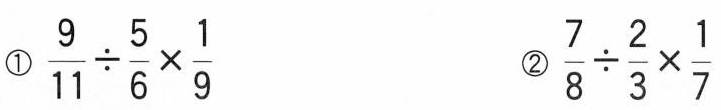
①$$\frac{9}{11}\div \frac{5}{6}\times \frac{1}{9}$$ ② $$\frac{7}{8}\div \frac{2}{3}\times \frac{1}{7}$$